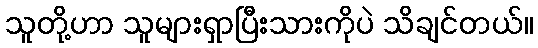
သူတို့ဟာ သူများရှာပြီးသားကိုပဲ သိချင်တယ်။